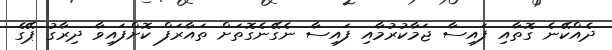
ދެއްކޭނެ ގޮތާއި ފައިސާ ޖަމާކުރުމާއި ފައިސާ ނެގޭނެގޮތަށް ތައާރަފް ކޮށްފައިވާ ދިރާގު ޕޭގެ